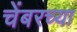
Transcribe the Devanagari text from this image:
चेंबरच्या